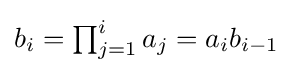
{\textstyle b_{i}=\prod _{j=1}^{i}a_{j}=a_{i}b_{i-1}}